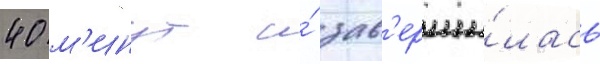
40 м'инут и́ зав'ерши́лась